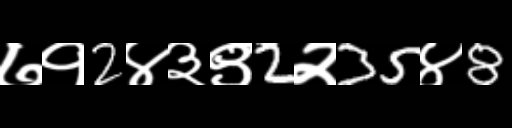
Text: ७१2४३९2२35४8